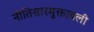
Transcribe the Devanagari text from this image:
नीतिसारमुक्तावली